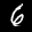
Label: 6